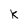
Character: K